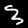
Digit: 3